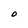
Character: O